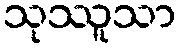
သုဿူသာ